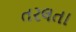
તરલતા